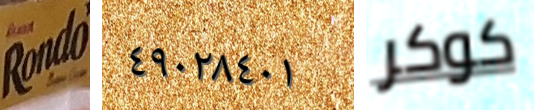
Rondo ٤٩٠٢٨٤٠١ كوكر